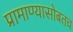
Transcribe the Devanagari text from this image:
प्रामाण्यासोबतच